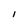
Character: l